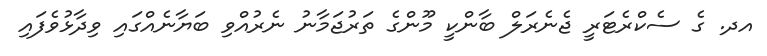
އދ. ގެ ސެކްރެޓަރީ ޖެނެރަލް ބާންކީ މޫންގެ ތަރުޖަމާނު ނެރުއްވި ބަޔާނެއްގައި ވިދާޅުވެފައި